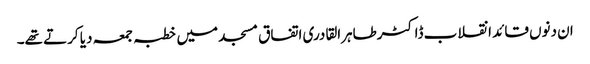
ان دنوں قائد انقلاب ڈاکٹرطاہرالقادری اتفاق مسجد میں خطبہ جمعہ دیا کرتے تھے۔